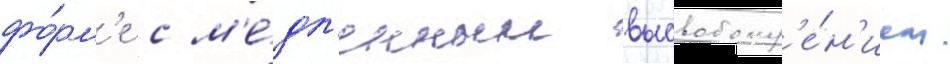
фо́рм'е с м'е́дл'енным высвобожд'е́н'ием